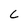
Character: C